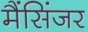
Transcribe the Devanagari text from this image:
मैंसिंजर